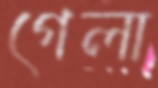
গেলা